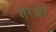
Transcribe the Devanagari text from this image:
गरजों